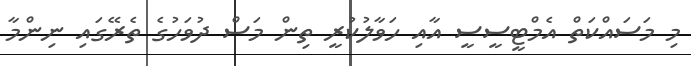
މި މަސައްކަތް އެމްޓީސީސީ އާއި ހަވާލުކުރީ ތިން މަސް ދުވަހުގެ ތެރޭގައި ނިންމާ